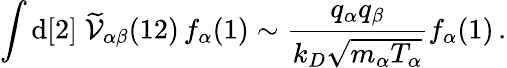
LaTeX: \int\mathrm{d}[2]\; \widetilde{\mathcal{V}}_{\alpha\beta}(12)\, f_{\alpha}(1)\sim\frac{q_{\alpha}q_{\beta}}{k_{D}\sqrt{m_{\alpha}T_{\alpha}}}f_{\alpha}(1)\, .